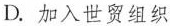
D.加入世贸组织